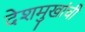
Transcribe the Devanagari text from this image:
देशमुखांची